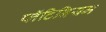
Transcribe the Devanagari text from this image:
प्लॅटिनियम